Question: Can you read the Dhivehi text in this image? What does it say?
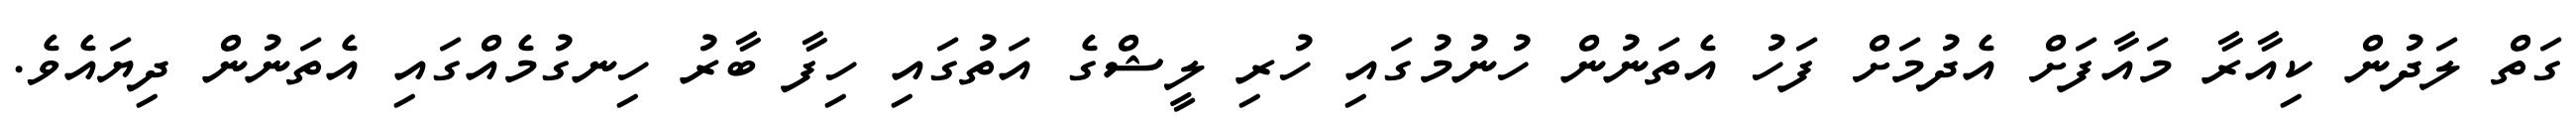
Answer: ގަތް ލަދުން ކިއާރާ މައާފަށް އެދުމަށް ފަހު އެތަނުން ހުނުމުގައި ހުރި ލީޝްގެ އަތުގައި ހިފާ ބާރު ހިނގުމެއްގައި އެތަނުން ދިޔައެވެ.